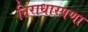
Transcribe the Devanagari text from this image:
निराधारपणा